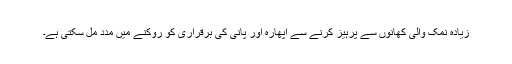
زیادہ نمک والی کھانوں سے پرہیز کرنے سے اپھارہ اور پانی کی برقراری کو روکنے میں مدد مل سکتی ہے۔